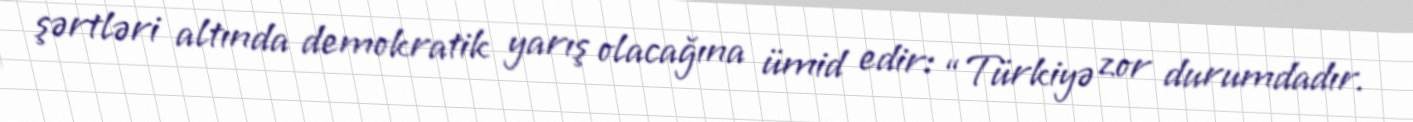
şərtləri altında demokratik yarış olacağına ümid edir: “Türkiyə zor durumdadır.